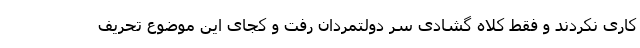
کاری نکردند و فقط کلاه گشادی سر دولتمردان رفت و کجای این موضوع تحریف